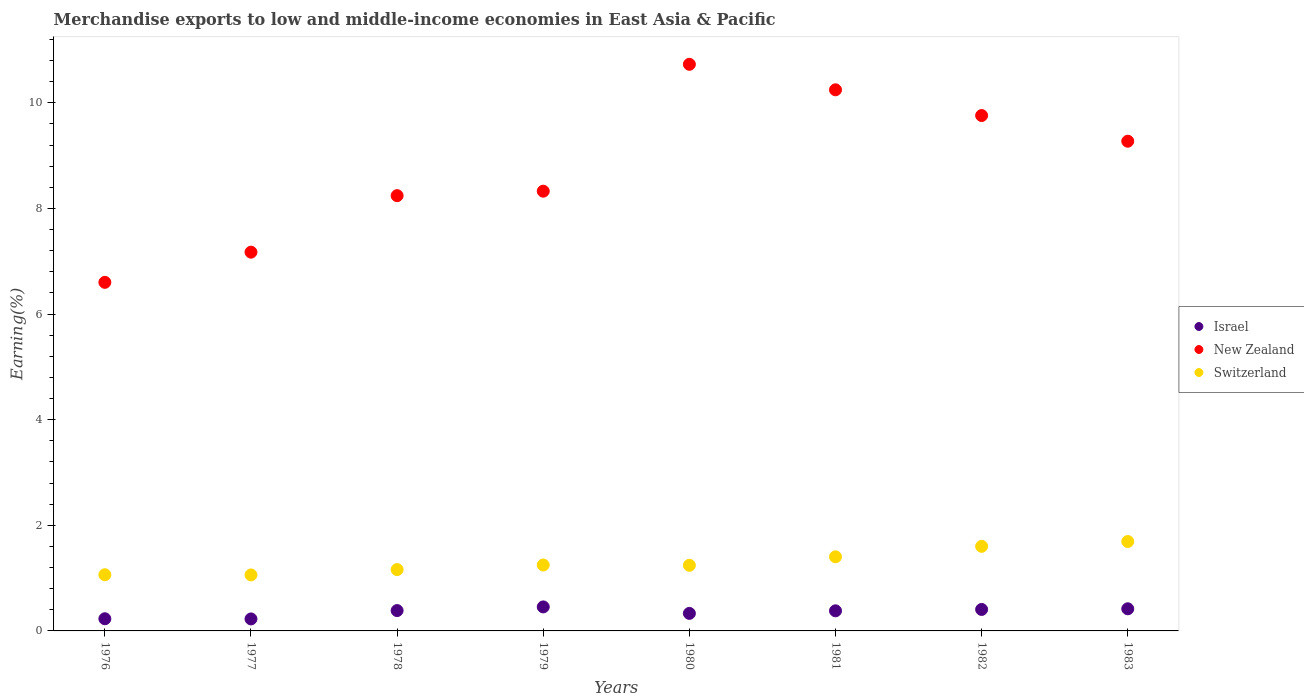
| Years | Israel | New Zealand | Switzerland |
 | --- | --- | --- | --- |
 | 1976 | 0.23 | 6.6 | 1.06 |
 | 1977 | 0.227 | 7.17 | 1.06 |
 | 1978 | 0.385 | 8.24 | 1.16 |
 | 1979 | 0.455 | 8.33 | 1.25 |
 | 1980 | 0.332 | 10.7 | 1.24 |
 | 1981 | 0.381 | 10.2 | 1.4 |
 | 1982 | 0.407 | 9.76 | 1.6 |
 | 1983 | 0.419 | 9.27 | 1.69 |